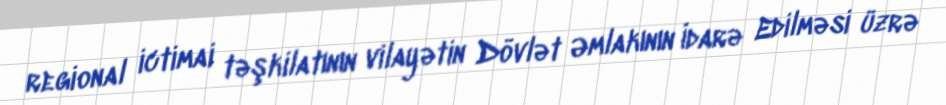
regional ictimai təşkilatının vilayətin Dövlət Əmlakının İdarə Edilməsi üzrə